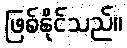
ဖြစ်နိုင်သည်။